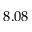
8 . 0 8